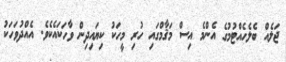
ޖަލެއް ބެލެހެއްޓުމުގެ އެންމެ އިސް މަޤާމްގައި ހުރި މީހަކު ކިޔައިދިން ވާހަކައެކެވެ. އެއްދުވަހަކު